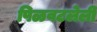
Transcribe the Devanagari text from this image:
पिळवटलेली